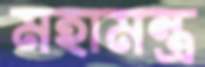
মহামন্ত্র